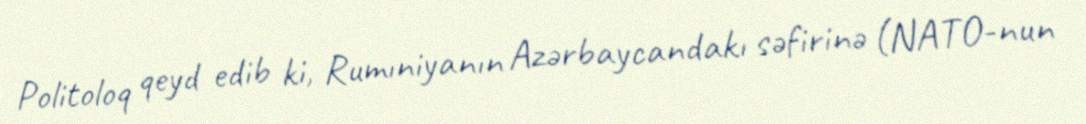
Politoloq qeyd edib ki, Rumıniyanın Azərbaycandakı səfirinə (NATO-nun